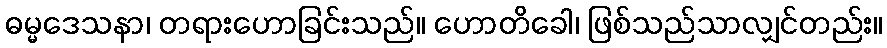
ဓမ္မဒေသနာ၊ တရားဟောခြင်းသည်။ ဟောတိခေါ၊ ဖြစ်သည်သာလျှင်တည်း။